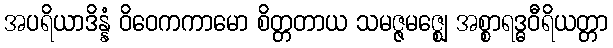
အပရိယာဒိန္နံ ဝိဝေကကာမော စိတ္တတာယ သမဇ္ဇမဇ္ဈေ အစ္စာရဒ္ဓဝီရိယတ္တာ